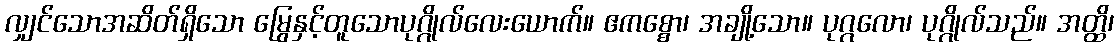
လျှင်သောအဆိတ်ရှိသော မြွေနှင့်တူသောပုဂ္ဂိုလ်လေးယောက်။ ဧကစ္စော၊ အချို့သော။ ပုဂ္ဂလော၊ ပုဂ္ဂိုလ်သည်။ အတ္ထိ၊